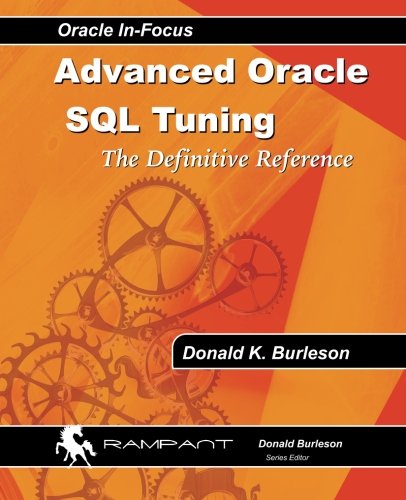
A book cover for Advanced Oracle SQL Tuning: The Definitive Reference; Donald K. Burleson; Computers & Technology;